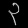
Digit: ၃